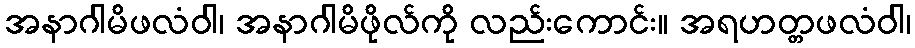
အနာဂါမိဖလံဝါ၊ အနာဂါမိဖိုလ်ကို လည်းကောင်း။ အရဟတ္တဖလံဝါ၊